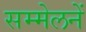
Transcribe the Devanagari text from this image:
सम्मेलनें